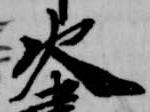
火